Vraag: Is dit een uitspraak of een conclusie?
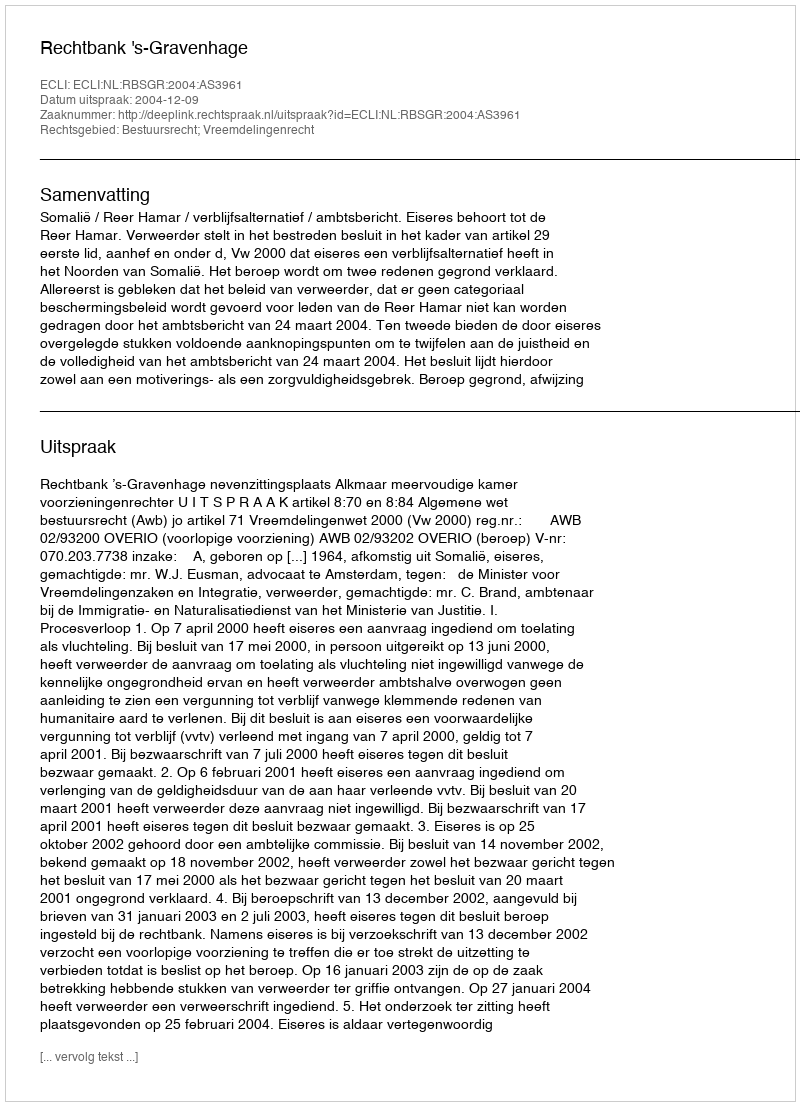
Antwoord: Uitspraak